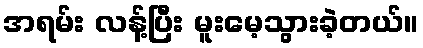
အရမ်း လန့်ပြီး မူးမေ့သွားခဲ့တယ်။